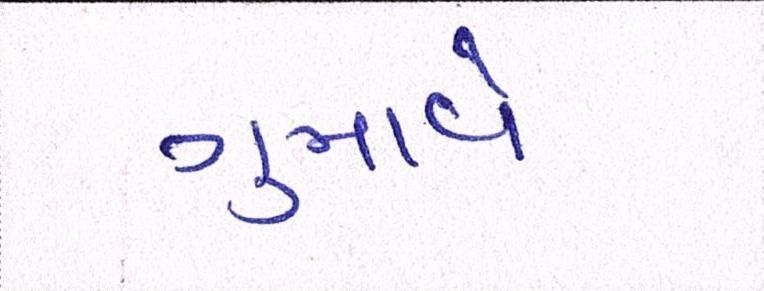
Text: ગુમાવે